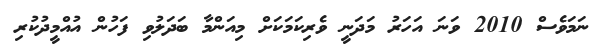
ނަމަވެސް 2010 ވަނަ އަހަރު މަދަނީ ވެރިކަމަކަށް މިއަންމާ ބަދަލުވި ފަހުން އުއްމީދުކުރި